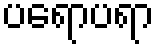
ပရောပရာ